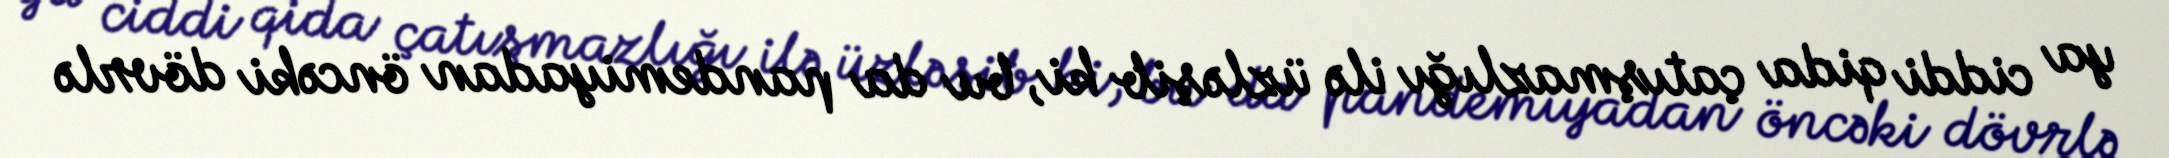
ya ciddi qida çatışmazlığı ilə üzləşib ki, bu da pandemiyadan öncəki dövrlə